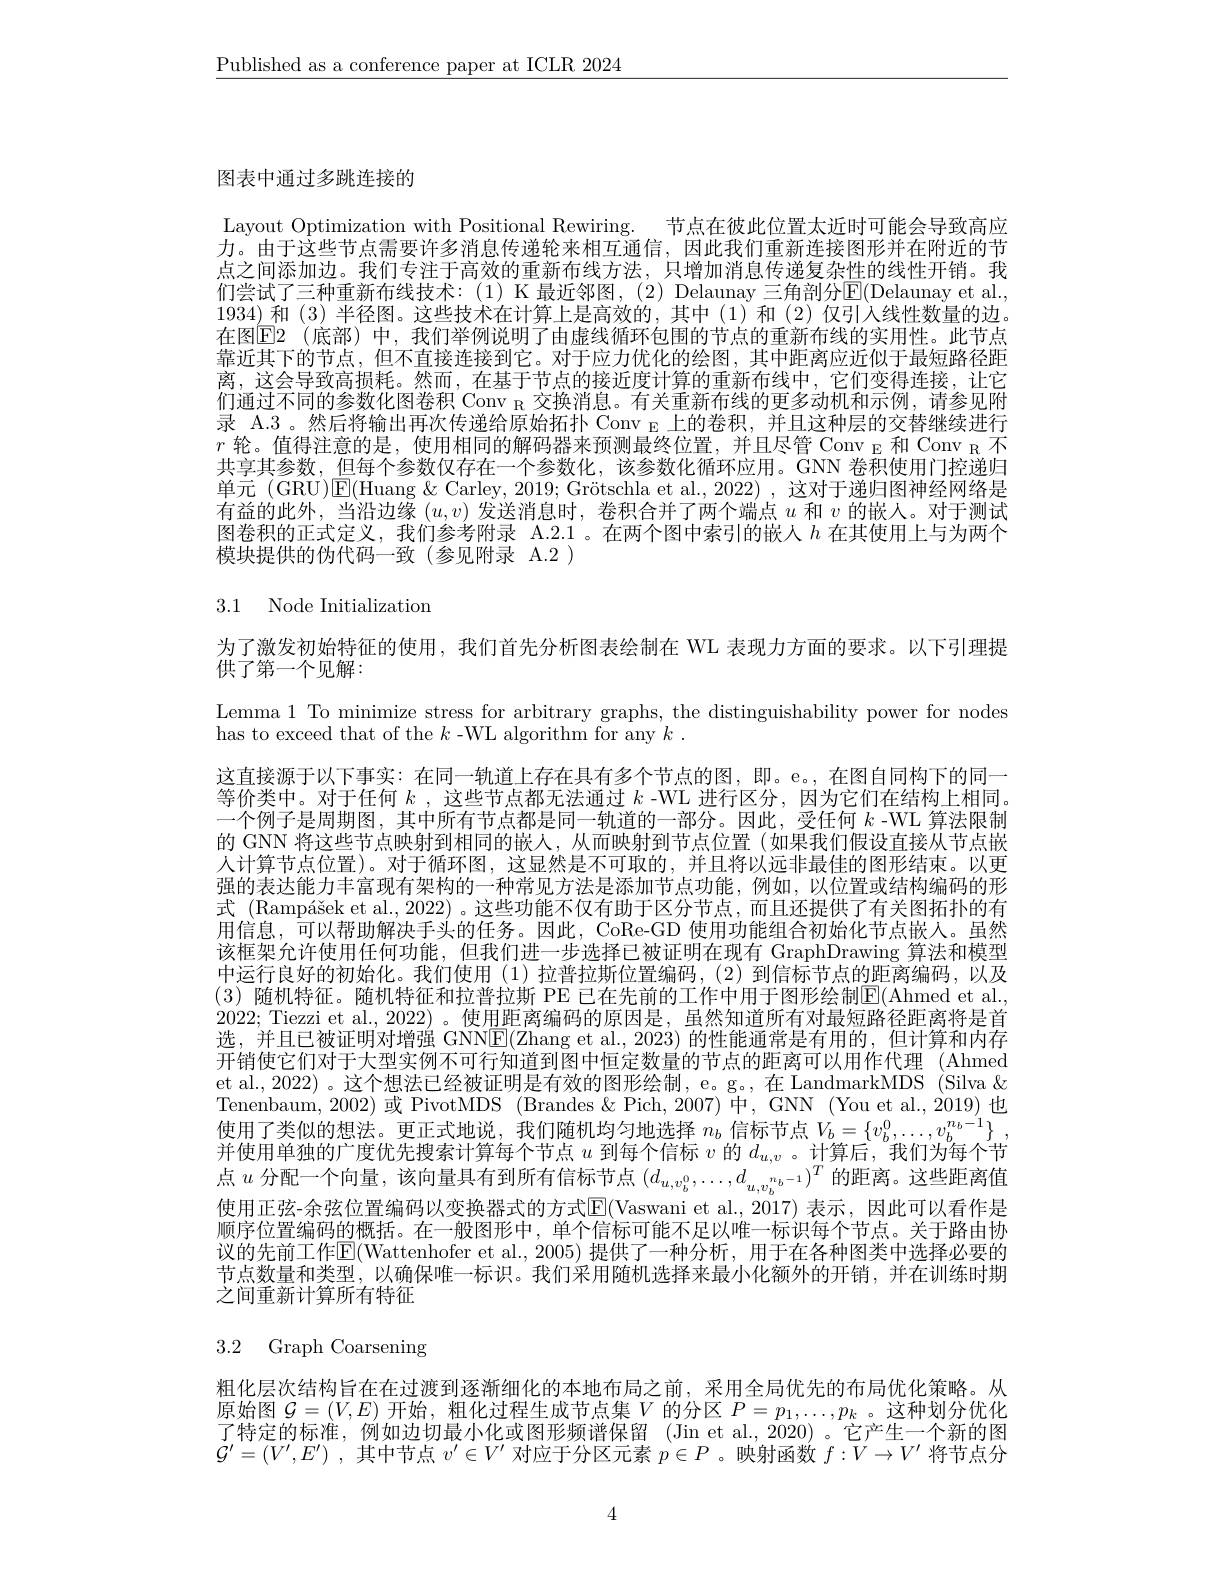
$\underline{\text{Published as a conference paper at ICLR 2024}}$

## 图表中通过多跳连接的

Layout Optimization with Positional Rewiring. 节点在彼此位置太近时可能会导致高应力。由于这些节点需要许多消息传递轮来相互通信，因此我们重新连接图形并在附近的节点之间添加边。我们专注于高效的重新布线方法，只增加消息传递复杂性的线性开销。我们尝试了三种重新布线技术：(1) K 最近邻图，(2) Delaunay 三角剖分E(Delaunay et al., 1934)和 (3) 半径图。这些技术在计算上是高效的，其中 (1)和 (2) 仅引入线性数量的边。在图E2(底部)中，我们举例说明了由虚线循环包围的节点的重新布线的实用性。此节点靠近其下的节点，但不直接连接到它。对于应力优化的绘图，其中距离应近似于最短路径距离，这会导致高损耗。然而，在基于节点的接近度计算的重新布线中，它们变得连接，让它们通过不同的参数化图卷积 Conv $_{\mathrm{R}}$交换消息。有关重新布线的更多动机和示例，请参见附录 A.3 。然后将输出再次传递给原始拓扑 Conv $_{\mathrm{E}}$上的卷积，并且这种层的交替继续进行$r\text{ 轮。值得注意的是，使用相同的解码器来预测最终位置，并且尽管 Conv }_{\mathrm{E}}$和 Conv $_{\mathrm{R}}$不共享其参数，但每个参数仅存在一个参数化，该参数化循环应用。GNN 卷积使用门控递归单元 (GRU)$\mathsf{E}($Huang &Carley, 2019; Grötschla et al., 2022) , 这对于递归图神经网络是有益的此外，当沿边缘$(u,v)$发送消息时，卷积合并了两个端点$u$和$v$的嵌人。对于测试图卷积的正式定义，我们参考附录 A.2.1 。在两个图中索引的嵌人$h$在其使用上与为两个模块提供的伪代码一致(参见附录 A.2 )

# 3.1 Node Initialization

为了激发初始特征的使用，我们首先分析图表绘制在 WL 表现力方面的要求。以下引理提

供了第一个见解：
Lemma 1 To minimize stress for arbitrary graphs, the distinguishability power for nodes
has to exceed that of the $k$ -WL algorithm for any $k.$
这直接源于以下事实：在同一轨道上存在具有多个节点的图，即。e。, 在图自同构下的同一等价类中。对于任何$k$ ,这些节点都无法通过$k$ -WL 进行区分，因为它们在结构上相同。一个例子是周期图，其中所有节点都是同一轨道的一部分。因此，受任何$k$ -WL 算法限制的 GNN 将这些节点映射到相同的嵌人，从而映射到节点位置(如果我们假设直接从节点嵌人计算节点位置)。对于循环图，这显然是不可取的，并且将以远非最佳的图形结束。以更强的表达能力丰富现有架构的一种常见方法是添加节点功能，例如，以位置或结构编码的形式 (Rampášek et al., 2022) 。这些功能不仅有助于区分节点，而且还提供了有关图拓扑的有用信息，可以帮助解决手头的任务。因此，CoRe-GD 使用功能组合初始化节点嵌人。虽然该框架允许使用任何功能，但我们进一步选择已被证明在现有 GraphDrawing 算法和模型中运行良好的初始化。我们使用(1)拉普拉斯位置编码，(2)到信标节点的距离编码，以及(3) 随机特征。随机特征和拉普拉斯 PE 已在先前的工作中用于图形绘制$\boxed{\mathrm{E}}($Ahmed et al., 2022; Tiezzi et al., 2022)。使用距离编码的原因是，虽然知道所有对最短路径距离将是首选，并且已被证明对增强 GNN$\boxed{\mathbb{E}}($Zhang et al.,2023)的性能通常是有用的，但计算和内存开销使它们对于大型实例不可行知道到图中恒定数量的节点的距离可以用作代理 (Ahmed et al., 2022) 。这个想法已经被证明是有效的图形绘制，e。g。, 在 LandmarkMDS (Silva & Tenenbaum, 2002) 或 PivotMDS (Brandes &Pich, 2007) 中，GNN (You et al., 2019) 也使用了类似的想法。更正式地说，我们随机均匀地选择$n_b$信标节点$V_b= \{ v_b^0, \ldots , v_b^{n_b- 1}\}$ , 并使用单独的广度优先搜索计算每个节点$u$到每个信标$v$的$d_u,v$ 。计算后，我们为每个节点$u$分配一个向量，该向量具有到所有信标节点$(d_u,v_b^0,\ldots,d_{u,v_b^{n_b-1}})^T$的距离。这些距离值使用正弦-余弦位置编码以变换器式的方式$\overline{\mathbb{E}}($Vaswani et al.,2017) 表示，因此可以看作是顺序位置编码的概括。在一般图形中，单个信标可能不足以唯一标识每个节点。关于路由协议的先前工作E(Wattenhofer et al.,2005)提供了一种分析，用于在各种图类中选择必要的节点数量和类型，以确保唯一标识。我们采用随机选择来最小化额外的开销，并在训练时期之间重新计算所有特征

3.2 Graph Coarsening

粗化层次结构旨在在过渡到逐渐细化的本地布局之前，采用全局优先的布局优化策略。从原始图$\mathcal{G}=(V,E)$开始，粗化过程生成节点集$V$的分区$P=p_1,\ldots,p_k$ 。这种划分优化了特定的标准，例如边切最小化或图形频谱保留 (Jin et al., 2020) 。它产生一个新的图$\mathcal{G}^{\prime}=(V^{\prime},E^{\prime})$ ,其中节点$v^\prime\in V^{\prime}$对应于分区元素$p\in P$ 。映射函数$f:\overline V\to V^\prime$将节点分

4